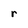
Character: r